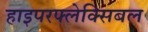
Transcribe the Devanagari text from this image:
हाइपरफ्लेक्सिबल